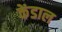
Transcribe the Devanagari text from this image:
केंडाल